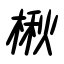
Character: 楸